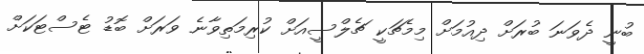
ބުނީ ދެވަނަ ބުރަށް ދިއުމަށް މިމެޗަކީ ޗެލްސީއަށް ކުރިމަތިވާނެ ވަރަށް ބޮޑު ޓެސްޓަަކަށް